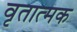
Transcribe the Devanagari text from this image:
वृतात्मक